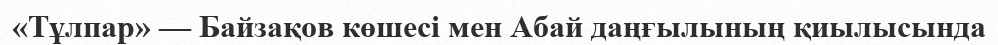
«Тұлпар» — Байзақов көшесі мен Абай даңғылының қиылысында